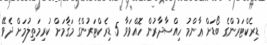
ޑިރެކްޓަރުންގެ ބޯޑަށް ޢާންމު ހިއްސާދާރުން ހޮއްވަވާ 5 ޑިރެކްޓަރުންގެ މަޤާމަށް ކުރިމަތިލުމަށް ދެވޭ